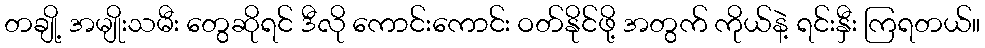
တချို့ အမျိုးသမီး တွေဆိုရင် ဒီလို ကောင်းကောင်း ဝတ်နိုင်ဖို့ အတွက် ကိုယ်နဲ့ ရင်းနှီး ကြရတယ်။